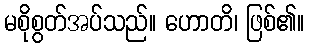
မစိုစွတ်အပ်သည်။ ဟောတိ၊ ဖြစ်၏။